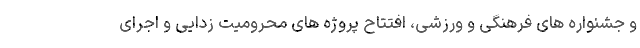
و جشنواره های فرهنگی و ورزشی، افتتاح پروژه های محرومیت زدایی و اجرای